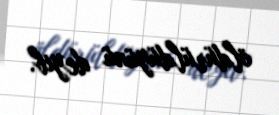
öldürüldüyünü deyib.